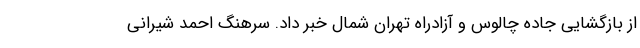
از بازگشایی جاده چالوس و آزادراه تهران شمال خبر داد. سرهنگ احمد شیرانی